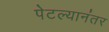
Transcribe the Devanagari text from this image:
पेटल्यानंतर